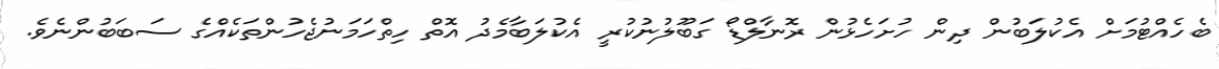
ބެހެއްޓުމަށް އެކުލަބުން ދިން ހުށަހެޅުން ރޮނާލްޑޯ ގަބޫލުނުކުރީ އެކުލަބާމެދު އޮތް ހިތްހަމަނުޖެހުންތަކެއްގެ ސަބަބުންނެވެ.